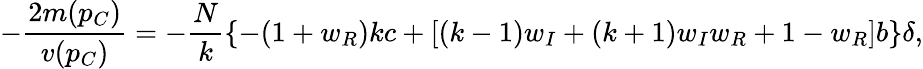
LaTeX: -\frac{2m(p_{C})}{v(p_{C})}=-\frac{N}{k}\left\{ -(1+w_{R})kc+[(k-1)w_{I}+(k+1)w_{I}w_{R}+1-w_{R}]b\right\} \delta,